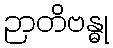
ဉာတိဗန္ဓု